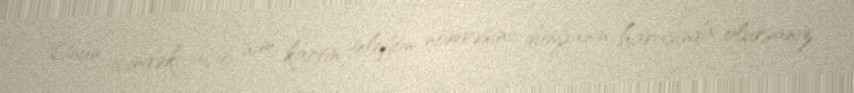
Onun içindəki açıb sim kartın telefon nömrəsini dünyanın harasında olursanız